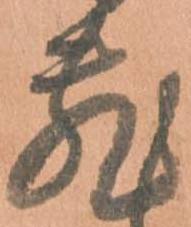
敷